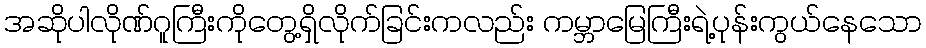
အဆိုပါလိုဏ်ဂူကြီးကိုတွေ့ရှိလိုက်ခြင်းကလည်း ကမ္ဘာမြေကြီးရဲ့ပုန်းကွယ်နေသော